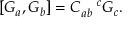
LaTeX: \left[ G _ { a } , G _ { b } \right] = C _ { a b } ^ { \quad c } G _ { c } .